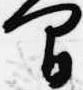
間